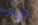
أخرجنا